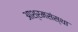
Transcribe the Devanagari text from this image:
आश्रमसंस्था